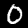
Digit: 0